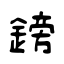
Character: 鎊